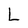
Character: L